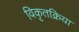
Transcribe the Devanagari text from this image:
विकृतक्रिया